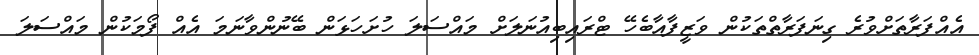
އެއްފަރާތަށްވުރެ ގިނަފަރާތްތަކުން ވަޒީފާއާބެހޭ ޓްރައިބިއުނަލަށް މައްސަލަ ހުށަހަޅަން ބޭނުންވާނަމަ އެއް ފޯމަކުން މައްސަލަ